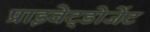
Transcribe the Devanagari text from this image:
प्राइवेट्डोजेंट